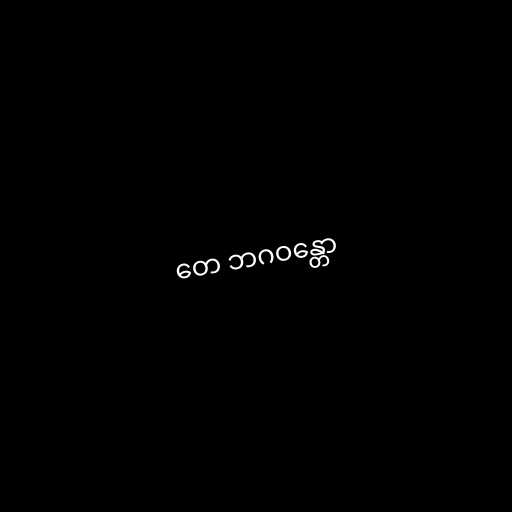
တေ ဘဂဝန္တော